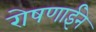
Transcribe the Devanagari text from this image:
रोषणाईने